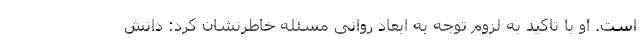
است. او با تاکید به لزوم توجه به ابعاد روانی مسئله خاطرنشان کرد: دانش